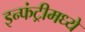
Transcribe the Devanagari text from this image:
इन्फंट्रीमध्ये